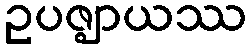
ဥပဇ္ဈာယဿ